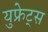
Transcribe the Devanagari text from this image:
युफ्रेट्स